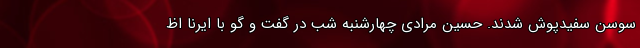
سوسن سفیدپوش شدند. حسین مرادی چهارشنبه شب در گفت و گو با ایرنا اظ